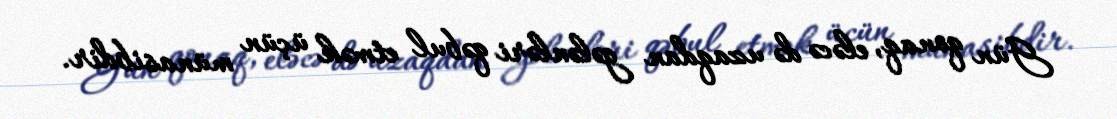
Gün qonaq, eləcə də uzaqdan gələnləri qəbul etmək üçün münasibdir.